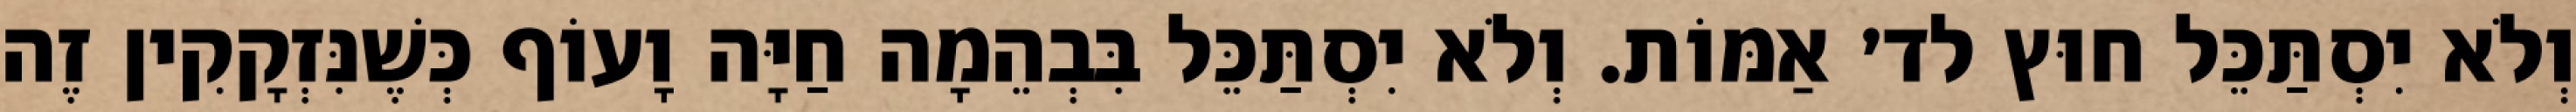
וְלֹא יִסְתַּכֵּל חוּץ לד׳ אַמּוֹת. וְלֹא יִסְתַּכֵּל בִּבְהֵמָה חַיָּה וָעוֹף כְּשֶׁנִּזְקָקִין זֶה